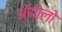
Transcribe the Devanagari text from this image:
ऑपोलो